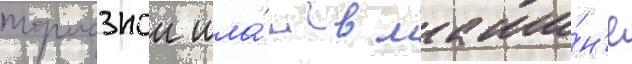
тормознои шла́нг в маши́н'е